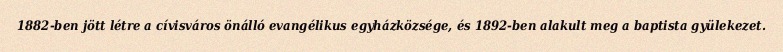
1882-ben jött létre a cívisváros önálló evangélikus egyházközsége, és 1892-ben alakult meg a baptista gyülekezet.